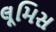
લૂમિસ